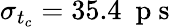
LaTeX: \sigma_{t_{c}}=35.4~\mathrm{~p~s~}